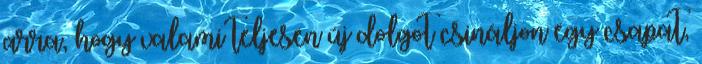
arra, hogy valami teljesen új dolgot csináljon egy csapat,